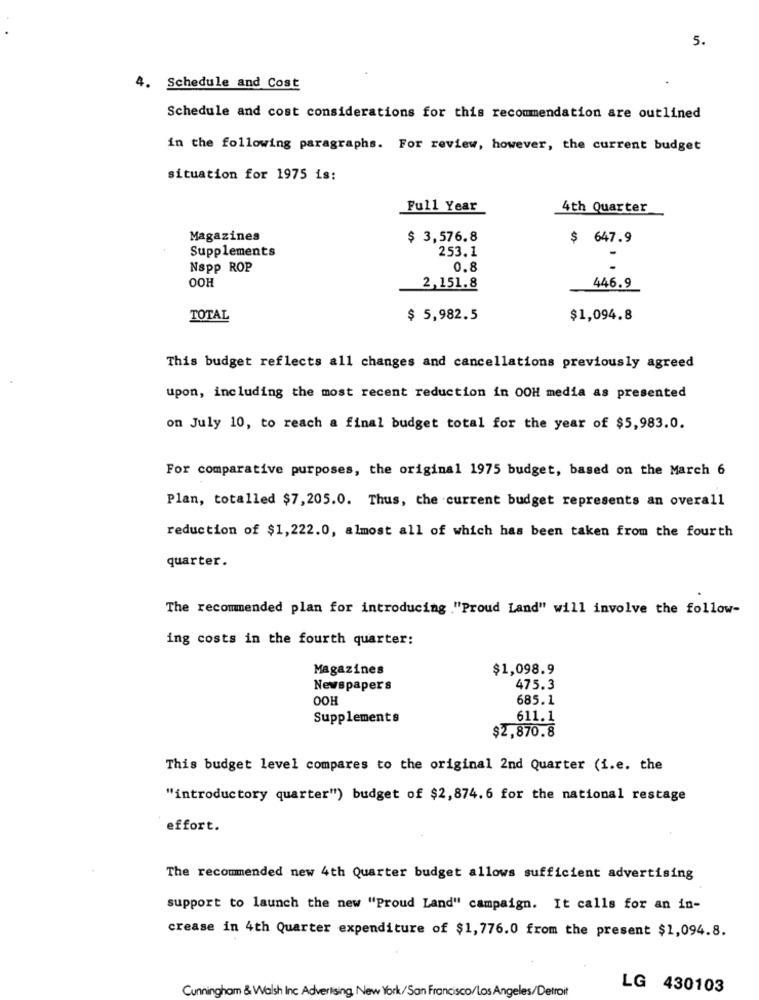
5.
4. Schedule and Cost
Schedule and cost considerations for this recommendation are outlined
in the following paragraphs. For review, however, the current budget
situation for 1975 is:
Full Year
4th Quarter
Magazines
$ 3,576.8
$ 647.9
Supplements
253.1
Nspp ROP
0.8
OOH
446.9
2,151.8
TOTAL
$ 5,982.5
$1,094.8
This budget reflects all changes and cancellations previously agreed
upon, including the most recent reduction in 00H media as presented
on July 10, to reach a final budget total for the year of $5,983.0.
For comparative purposes, the original 1975 budget, based on the March 6
Plan, totalled $7,205.0. Thus, the current budget represents an overall
reduction of $1,222.0, almost all of which has been taken from the fourth
quarter.
The recommended plan for introducing ."Proud Land" will involve the follow-
ing costs in the fourth quarter:
Magazines
$1,098.9
Newspapers
HOO
475.3
685.1
Supplements
611.1
$2,870.8
This budget level compares to the original 2nd Quarter (i.e. the
"introductory quarter") budget of $2,874.6 for the national restage
effort.
The recommended new 4th Quarter budget allows sufficient advertising
support to launch the new "Proud Land" campaign. It calls for an in-
crease in 4th Quarter expenditure of $1, 776.0 from the present $1,094.8.
Cunningham & Walsh Inc Advertising, New York/San Francisco/los Angeles/Detroit
LG 430103